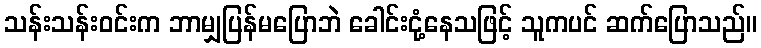
သန်းသန်းဝင်းက ဘာမျှပြန်မပြောဘဲ ခေါင်းငုံ့နေသဖြင့် သူကပင် ဆက်ပြောသည်။